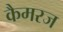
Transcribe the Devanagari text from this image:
कैमरज